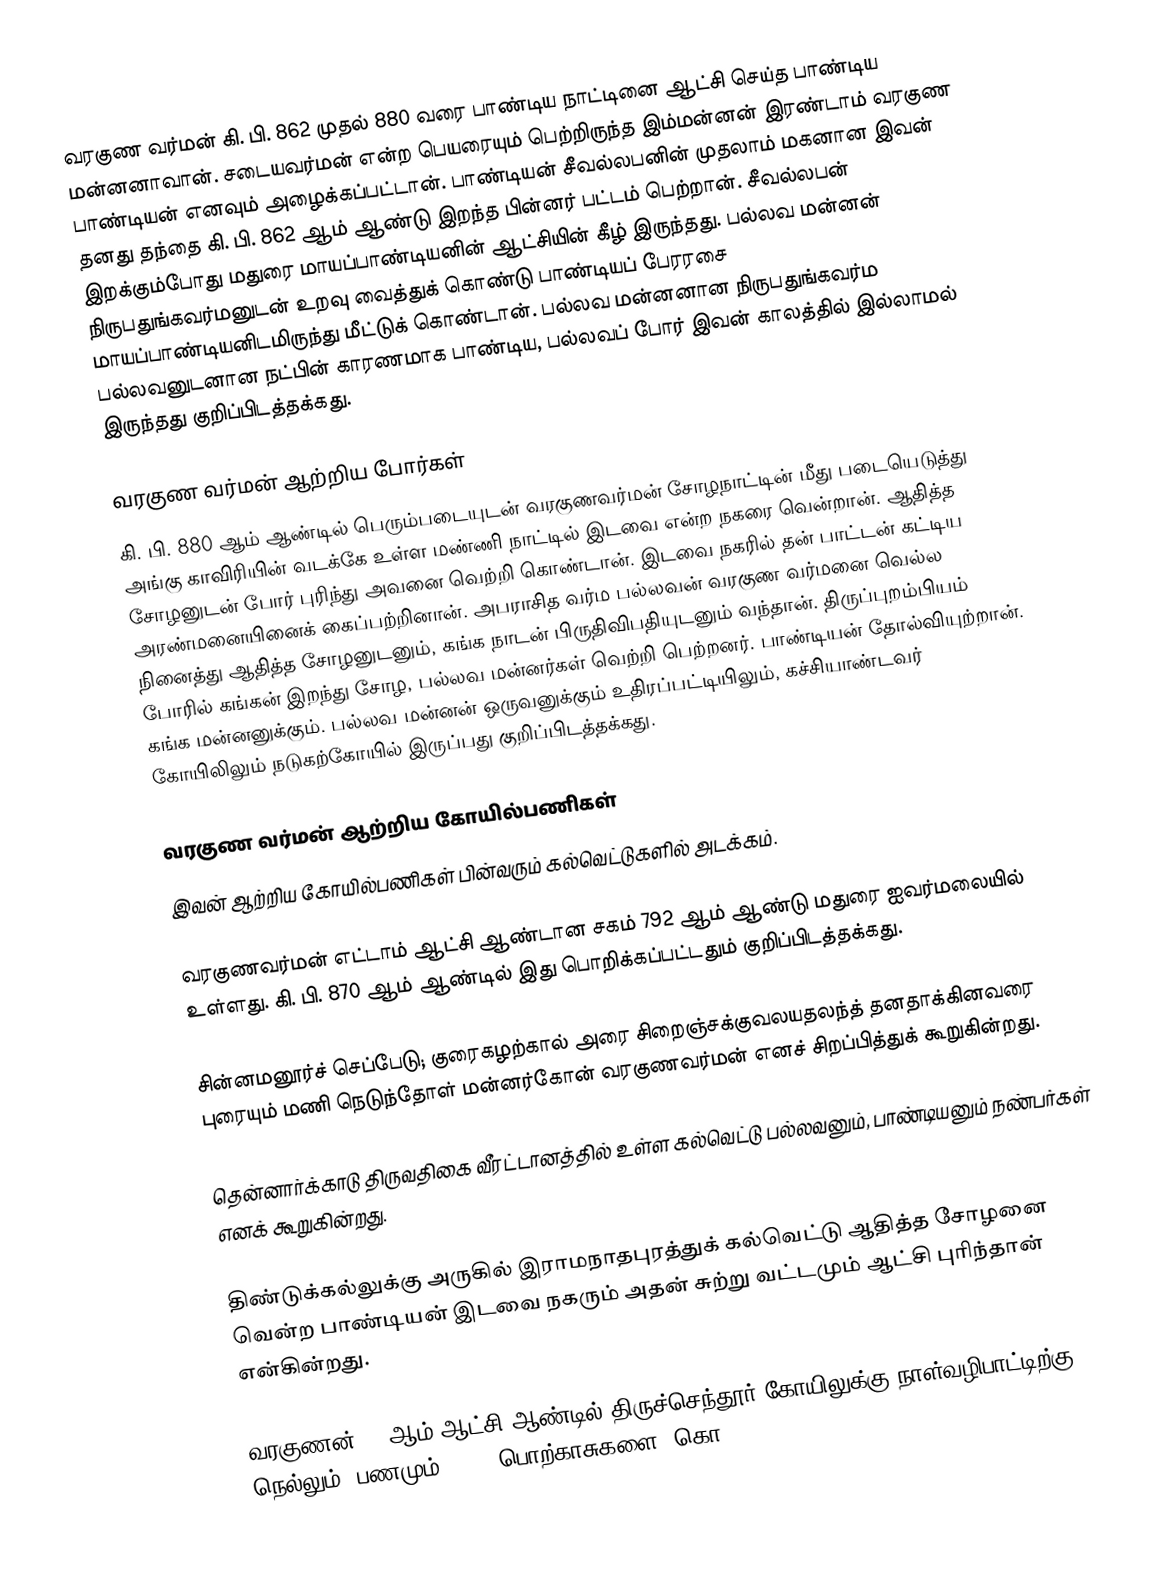
வரகுண வர்மன் கி. பி.  862 முதல் 880 வரை பாண்டிய நாட்டினை ஆட்சி செய்த பாண்டிய மன்னனாவான். சடையவர்மன் என்ற பெயரையும் பெற்றிருந்த இம்மன்னன் இரண்டாம் வரகுண பாண்டியன் எனவும் அழைக்கப்பட்டான். பாண்டியன் சீவல்லபனின் முதலாம் மகனான இவன் தனது தந்தை கி. பி.  862 ஆம் ஆண்டு இறந்த பின்னர் பட்டம் பெற்றான். சீவல்லபன் இறக்கும்போது மதுரை மாயப்பாண்டியனின் ஆட்சியின் கீழ் இருந்தது. பல்லவ மன்னன் நிருபதுங்கவர்மனுடன் உறவு வைத்துக் கொண்டு பாண்டியப் பேரரசை மாயப்பாண்டியனிடமிருந்து மீட்டுக் கொண்டான். பல்லவ மன்னனான நிருபதுங்கவர்ம பல்லவனுடனான நட்பின் காரணமாக பாண்டிய, பல்லவப் போர் இவன் காலத்தில் இல்லாமல் இருந்தது குறிப்பிடத்தக்கது.

வரகுண வர்மன் ஆற்றிய போர்கள்
கி. பி.  880 ஆம் ஆண்டில் பெரும்படையுடன் வரகுணவர்மன் சோழநாட்டின் மீது படையெடுத்து அங்கு காவிரியின் வடக்கே உள்ள மண்ணி நாட்டில் இடவை என்ற நகரை வென்றான். ஆதித்த சோழனுடன் போர் புரிந்து அவனை வெற்றி கொண்டான். இடவை நகரில் தன் பாட்டன் கட்டிய அரண்மனையினைக் கைப்பற்றினான். அபராசித வர்ம பல்லவன் வரகுண வர்மனை வெல்ல நினைத்து ஆதித்த சோழனுடனும், கங்க நாடன் பிருதிவிபதியுடனும் வந்தான். திருப்புறம்பியம் போரில் கங்கன் இறந்து சோழ, பல்லவ மன்னர்கள் வெற்றி பெற்றனர். பாண்டியன் தோல்வியுற்றான். கங்க மன்னனுக்கும். பல்லவ மன்னன் ஒருவனுக்கும் உதிரப்பட்டியிலும், கச்சியாண்டவர் கோயிலிலும் நடுகற்கோயில் இருப்பது குறிப்பிடத்தக்கது.

வரகுண வர்மன் ஆற்றிய கோயில்பணிகள்
இவன் ஆற்றிய கோயில்பணிகள் பின்வரும் கல்வெட்டுகளில் அடக்கம்.

 வரகுணவர்மன் எட்டாம் ஆட்சி ஆண்டான சகம் 792 ஆம் ஆண்டு மதுரை ஐவர்மலையில் உள்ளது. கி. பி. 870 ஆம் ஆண்டில் இது பொறிக்கப்பட்டதும் குறிப்பிடத்தக்கது.

 சின்னமனூர்ச் செப்பேடு; குரைகழற்கால் அரை சிறைஞ்சக்குவலயதலந்த் தனதாக்கினவரை புரையும் மணி நெடுந்தோள் மன்னர்கோன் வரகுணவர்மன் எனச் சிறப்பித்துக் கூறுகின்றது.

 தென்னார்க்காடு திருவதிகை வீரட்டானத்தில் உள்ள கல்வெட்டு பல்லவனும், பாண்டியனும் நண்பர்கள் எனக் கூறுகின்றது.

 திண்டுக்கல்லுக்கு அருகில் இராமநாதபுரத்துக் கல்வெட்டு ஆதித்த சோழனை வென்ற பாண்டியன் இடவை நகரும் அதன் சுற்று வட்டமும் ஆட்சி புரிந்தான் என்கின்றது.

 வரகுணன் 13 ஆம் ஆட்சி ஆண்டில் திருச்செந்தூர் கோயிலுக்கு நாள்வழிபாட்டிற்கு நெல்லும், பணமும் (1400 பொற்காசுகளை) கொ